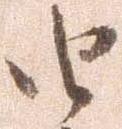
由